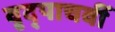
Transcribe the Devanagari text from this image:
वृद्पाचवीं